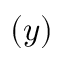
( y )